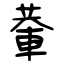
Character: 輂